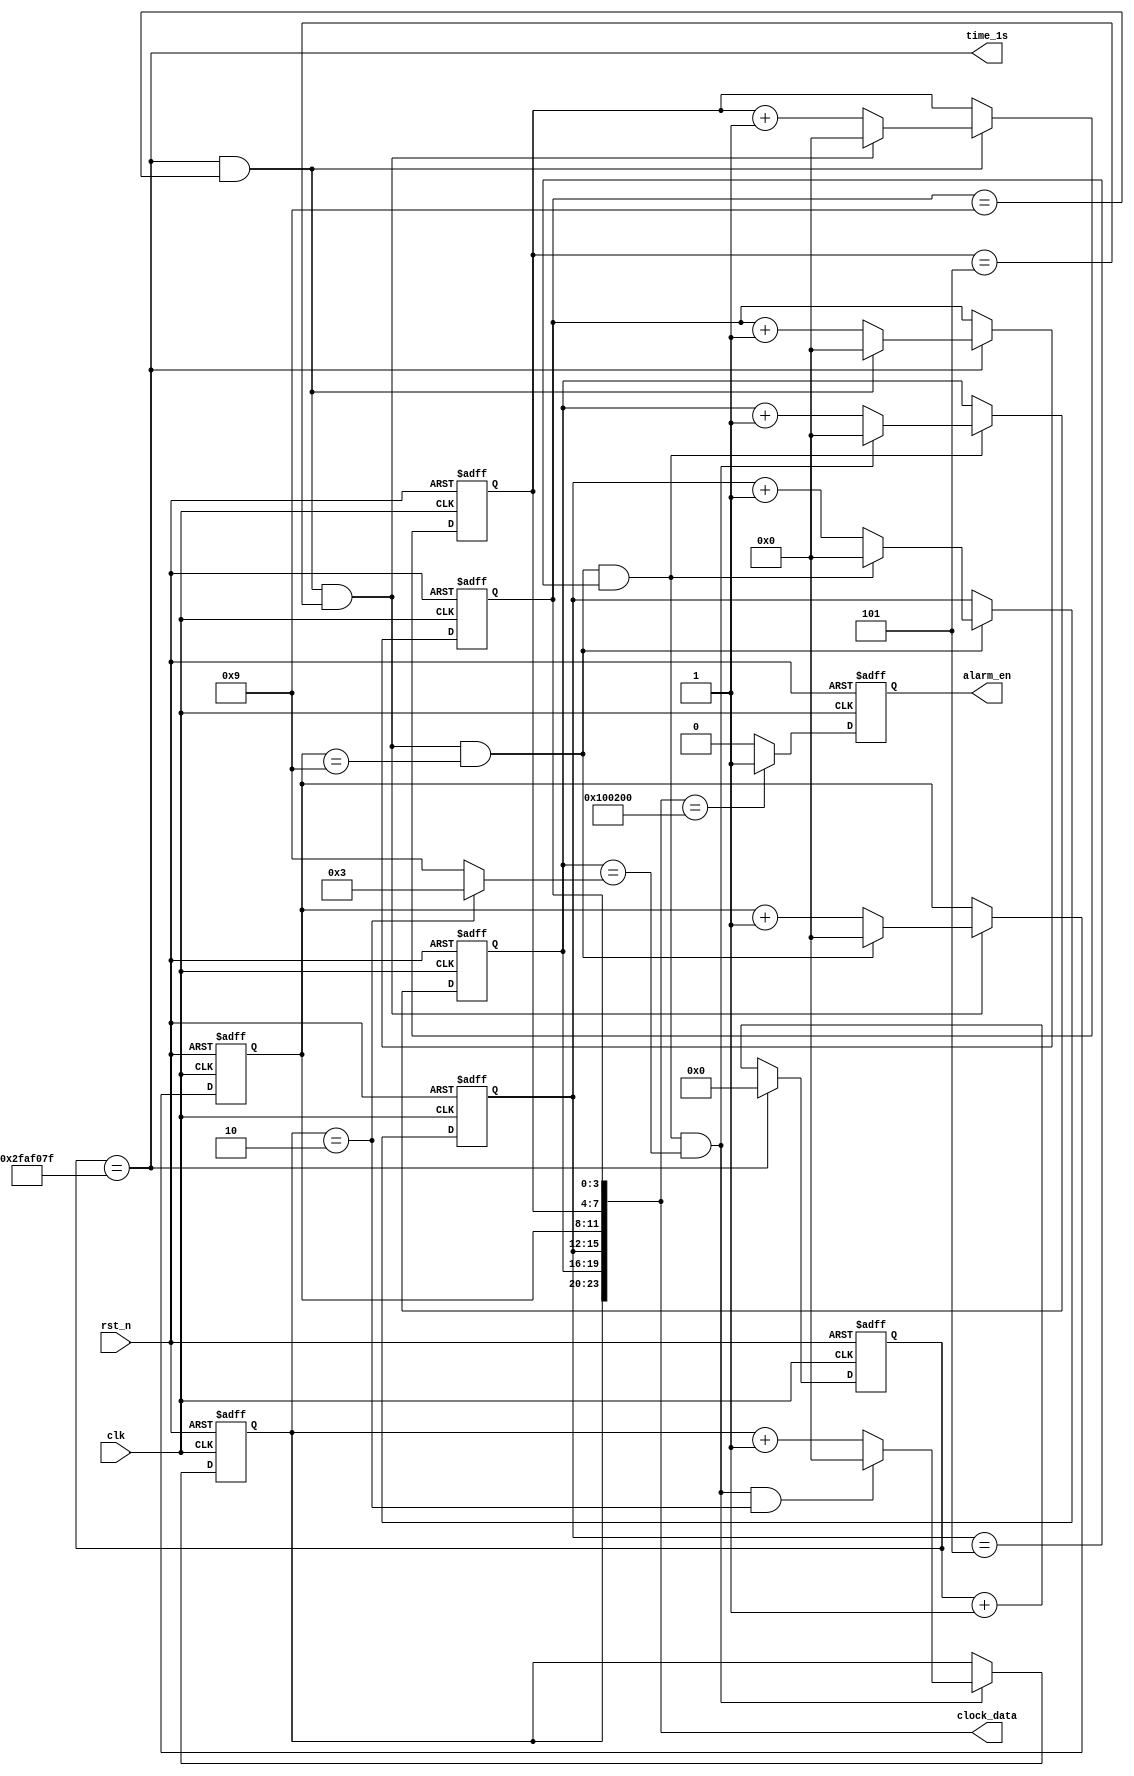
module clock_data( 
    input				clk		  ,
    input				rst_n	  ,
    output   [23:0]     clock_data,
    output   reg        alarm_en  ,    //
    output              time_1s         //1s
);	
    //		
parameter   TIME_1S = 5000_0000;
parameter   CURRENT_TIME = 24'h10_00_00;//
parameter   ALARM_TIME   = 24'h10_02_00;//
    //		 
reg   [25:0]  cnt_1s; //1s
wire          add_cnt_1s;
wire          end_cnt_1s;
 
reg   [3:0]   cnt_s_g;//
wire          add_cnt_s_g;
wire          end_cnt_s_g;

reg   [3:0]   cnt_s_s;//s
wire          add_cnt_s_s;
wire          end_cnt_s_s;

reg   [3:0]   cnt_m_g;//
wire          add_cnt_m_g;
wire          end_cnt_m_g;

reg   [3:0]   cnt_m_s;//s
wire          add_cnt_m_s;
wire          end_cnt_m_s;

reg   [3:0]   cnt_h_g;//
wire          add_cnt_h_g;
wire          end_cnt_h_g;

reg   [3:0]   cnt_h_s;//s
wire          add_cnt_h_s;
wire          end_cnt_h_s;



always @(posedge clk or negedge rst_n)begin 
   if(!rst_n)begin
        cnt_1s <= 0;
    end 
    else if(add_cnt_1s)begin 
            if(end_cnt_1s)begin 
                cnt_1s <= 0;
            end
            else begin 
                cnt_1s <= cnt_1s + 1;
            end 
    end
   else  begin
       cnt_1s <= cnt_1s;
    end
end 

assign add_cnt_1s = 1'b1;
assign end_cnt_1s = add_cnt_1s && cnt_1s == TIME_1S - 1'b1;
assign time_1s = end_cnt_1s;

always @(posedge clk or negedge rst_n)begin 
   if(!rst_n)begin
        cnt_s_g <= CURRENT_TIME[3:0];
    end 
    else if(add_cnt_s_g)begin 
            if(end_cnt_s_g)begin 
                cnt_s_g <= 0;
            end
            else begin 
                cnt_s_g <= cnt_s_g + 1;
            end 
    end
   else  begin
       cnt_s_g <= cnt_s_g;
    end
end 

assign add_cnt_s_g = end_cnt_1s;
assign end_cnt_s_g = add_cnt_s_g && cnt_s_g == 9;

//
always @(posedge clk or negedge rst_n)begin 
   if(!rst_n)begin
        cnt_s_s <= CURRENT_TIME[7:4];
    end 
    else if(add_cnt_s_s)begin 
            if(end_cnt_s_s)begin 
                cnt_s_s <= 0;
            end
            else begin 
                cnt_s_s <= cnt_s_s + 1;
            end 
    end
   else  begin
       cnt_s_s <= cnt_s_s;
    end
end 

assign add_cnt_s_s = end_cnt_s_g;
assign end_cnt_s_s = add_cnt_s_s && cnt_s_s == 5;

always @(posedge clk or negedge rst_n)begin 
   if(!rst_n)begin
        cnt_m_g <= CURRENT_TIME[11:8];
    end 
    else if(add_cnt_m_g)begin 
            if(end_cnt_m_g)begin 
                cnt_m_g <= 0;
            end
            else begin 
                cnt_m_g <= cnt_m_g + 1;
            end 
    end
   else  begin
       cnt_m_g <= cnt_m_g;
    end
end 

assign add_cnt_m_g = end_cnt_s_s;
assign end_cnt_m_g = add_cnt_m_g && cnt_m_g == 9;

always @(posedge clk or negedge rst_n)begin 
   if(!rst_n)begin
        cnt_m_s <= CURRENT_TIME[15:12];
    end 
    else if(add_cnt_m_s)begin 
            if(end_cnt_m_s)begin 
                cnt_m_s <= 0;
            end
            else begin 
                cnt_m_s <= cnt_m_s + 1;
            end 
    end
   else  begin
       cnt_m_s <= cnt_m_s;
    end
end 

assign add_cnt_m_s = end_cnt_m_g;
assign end_cnt_m_s = add_cnt_m_s && cnt_m_s == 5;

always @(posedge clk or negedge rst_n)begin 
   if(!rst_n)begin
        cnt_h_g <= CURRENT_TIME[19:16];
    end 
    else if(add_cnt_h_g)begin 
            if(end_cnt_h_g)begin 
                cnt_h_g <= 0;
            end
            else begin 
                cnt_h_g <= cnt_h_g + 1;
            end 
    end
   else  begin
       cnt_h_g <= cnt_h_g;
    end
end 

//29
//23
assign add_cnt_h_g = end_cnt_m_s;
assign end_cnt_h_g = add_cnt_h_g && (cnt_h_g == ((cnt_h_s == 2)?3:9));

//
always @(posedge clk or negedge rst_n)begin 
   if(!rst_n)begin
        cnt_h_s <= CURRENT_TIME[23:20];
    end 
    else if(add_cnt_h_s)begin 
            if(end_cnt_h_s)begin 
                cnt_h_s <= 0;
            end
            else begin 
                cnt_h_s <= cnt_h_s + 1;
            end 
    end
   else  begin
       cnt_h_s <= cnt_h_s;
    end
end 

assign add_cnt_h_s = end_cnt_h_g;
assign end_cnt_h_s = add_cnt_h_s && cnt_h_s == 2;

assign   clock_data = {cnt_h_s,cnt_h_g,cnt_m_s,cnt_m_g,cnt_s_s,cnt_s_g};//
                        
always @(posedge clk or negedge rst_n)begin 
    if(!rst_n)begin
        alarm_en <= 1'b0;
    end 
    else if(clock_data == ALARM_TIME)begin 
        alarm_en <= 1'b1;
    end 
    else begin 
        alarm_en <= 1'b0;
    end 
end




endmodule